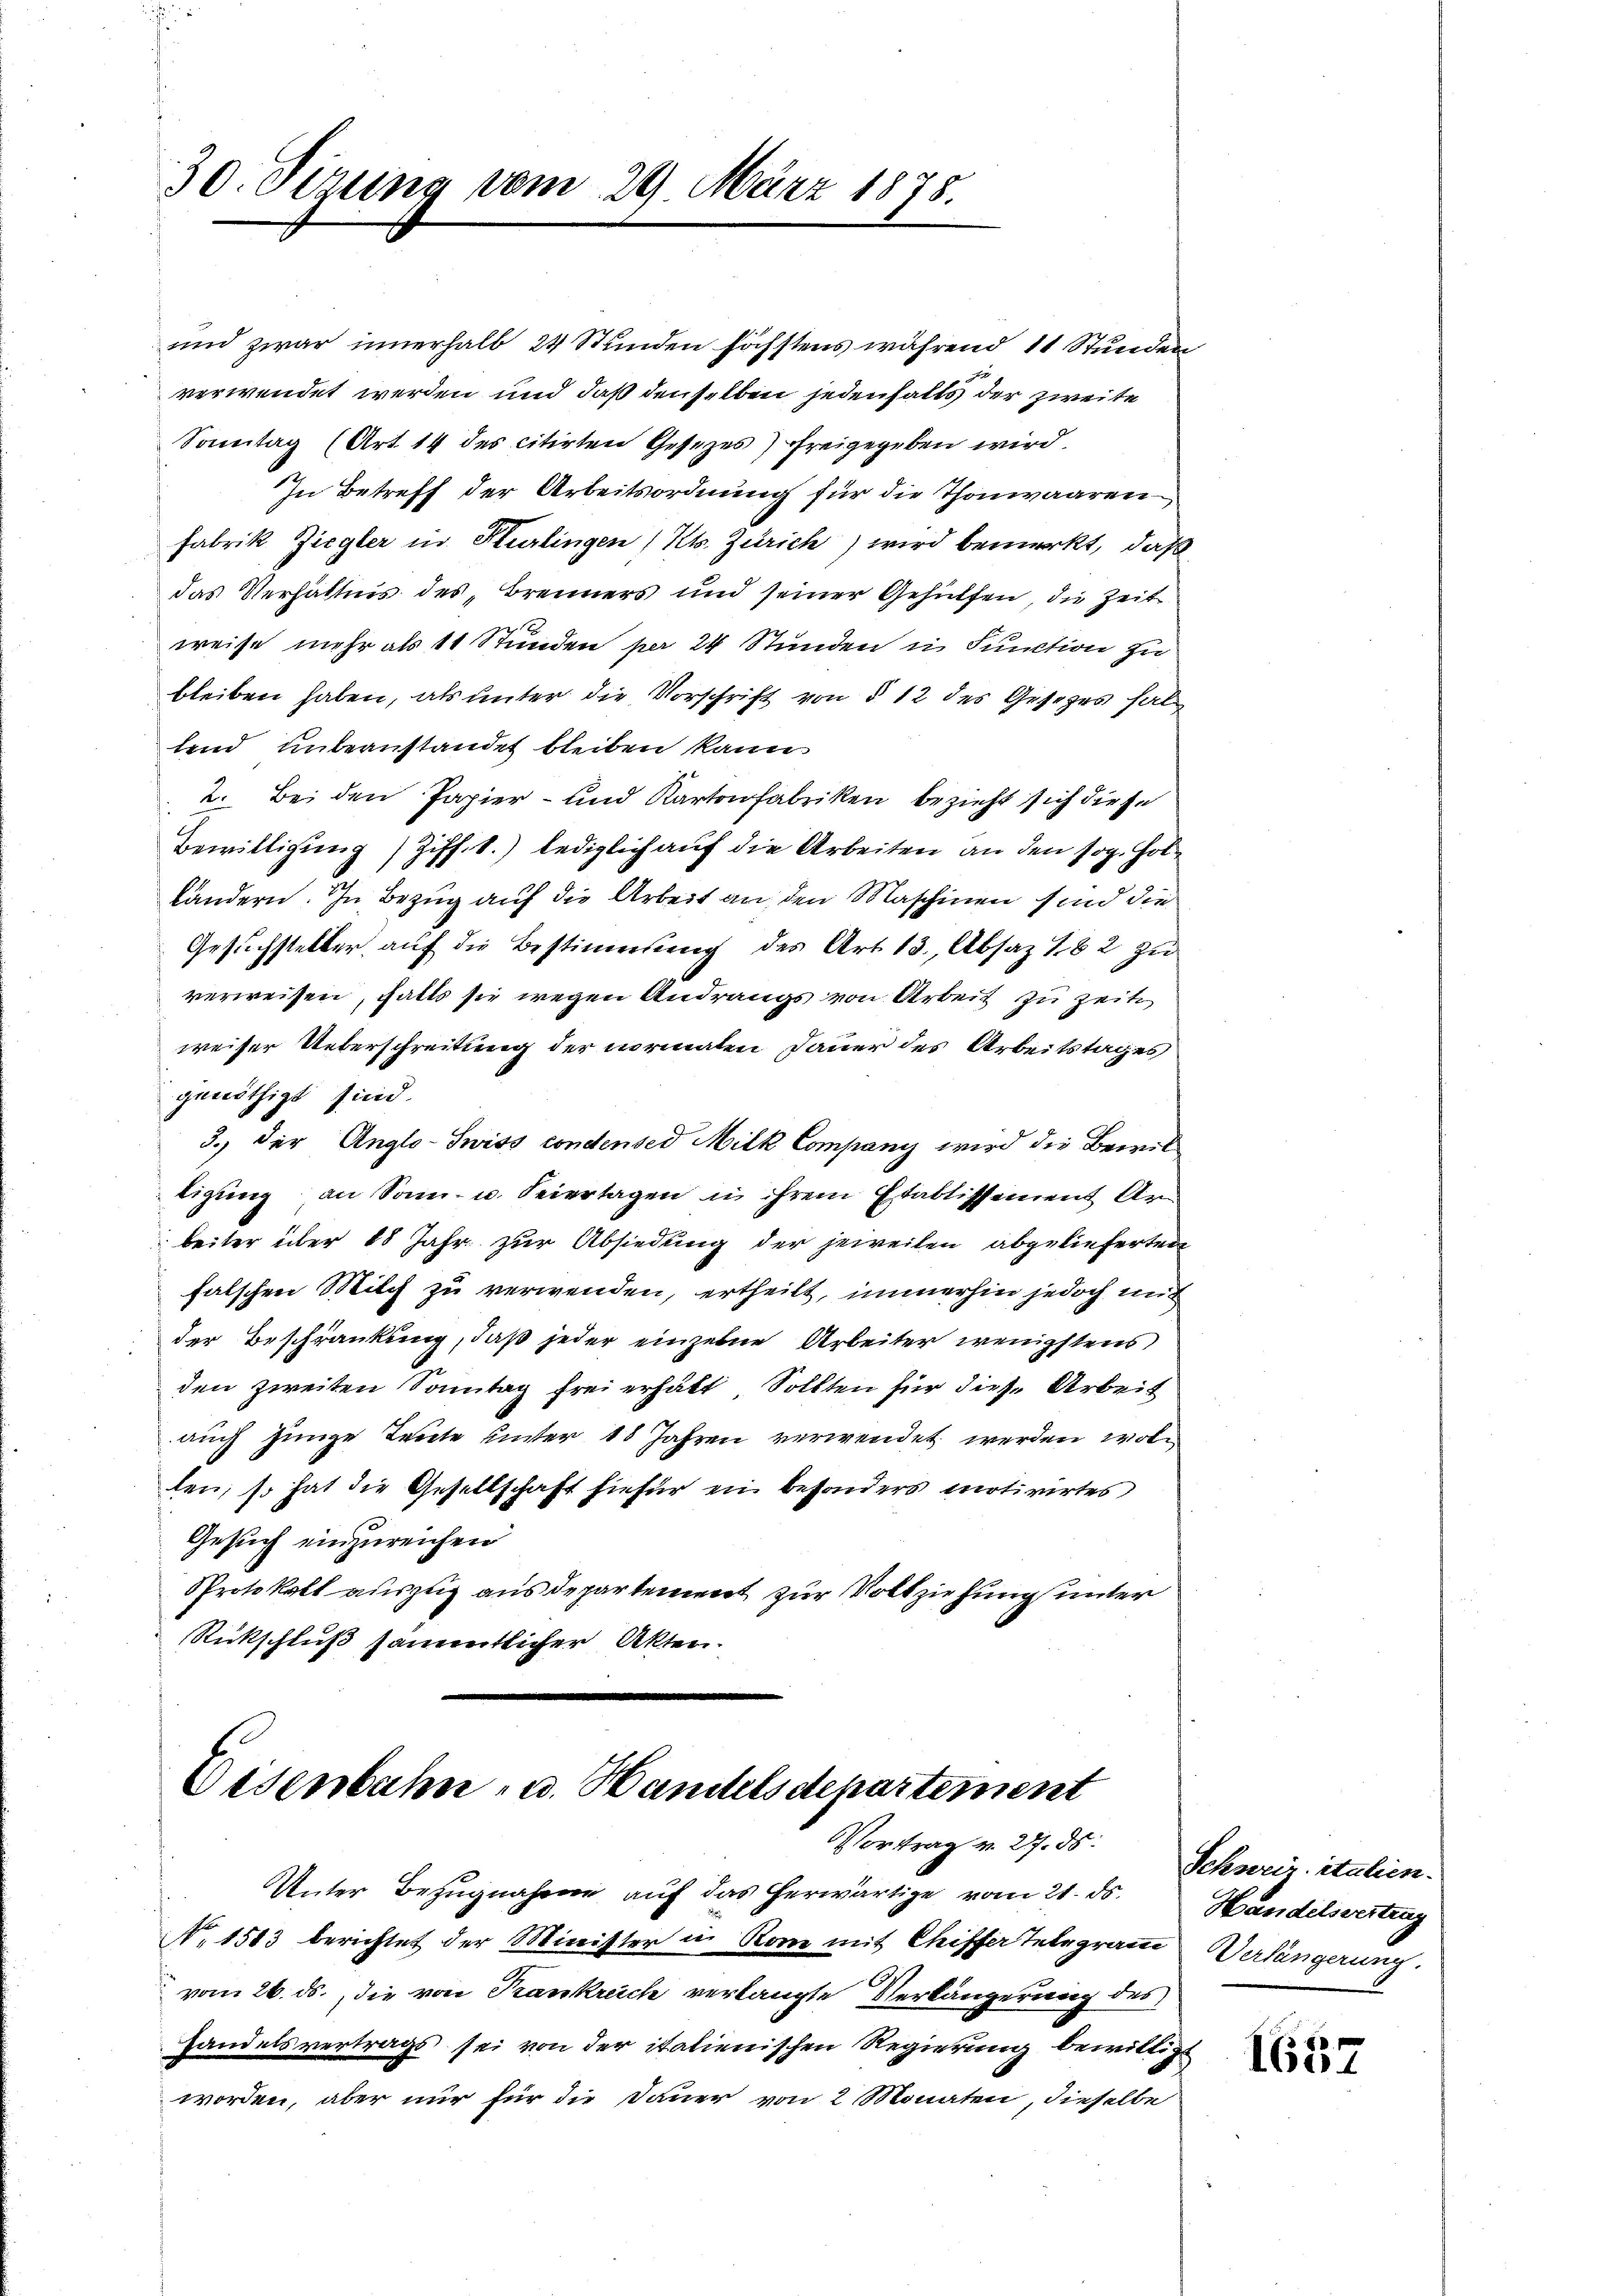
30. Sizung vom 29. März 1878.

und zwar innerhalb 24 Stunden höchstens während 11 Stunden
verwendet werden und daß denselben jedenfalls der zweite
Sonntag (Art 14 des citirten Gesetzes) freigegeben wird.
In Betreff der Arbeitsordnung für die Thonwaaren
Fabrik Ziegler in Kurlingen / Kts. Zürich) wird bemerkt, daß
das Verhältnis des Brenners und seiner Gehülfen, die Zeit
weise mehr als 11 Stunden per 24 Stunden in Function zu
bleiben haben, als unter die Vorschrift von § 12 des Gesetzes hal
fend unternstandet bleiben kann.
2. Bei den Papier- und Kartonfabriken bezieht sich diese
Bewilligung) Ziff. 1.) lediglich auf die Arbeiten an den sog. Holkändern. In Bezug auf die Arbeit an, den Maschinen sind die
Gesuchsteller auf die Bestimmung des Art. 13, Absaz 182 zu
verweisen, falls sie wegen Andrangs von Arbeit zu Zeit
weiser Ueberschreitung der normalen Dauer des Arbeitstages
genöthigt sind.
3., der Anglo-Swiss condensed Milk Company wird die Bewilligung an Sonn- u. Feiertagen in ihrem Etablissement Arbeiter über 18 Jahr zur Absiedung der jeweilen abgelieferten
falschen Milch zu verwenden, ertheilt, immerhin jedoch und
der Beschränkung, daß jeder einzelne Arbeiter wenigstens
den zweiten Sonntag frei erhält, Sollten für diese Arbeit
auch junge Treite unter 18 Jahren verwendet werden wollen, so hat die Gesellschaft hiefür ein besonders motivirtes
Gesuch einzureichen
Protokoll auszug aus departement zur Vollziehung unter
Rückschluß sämmtlicher Akten.

Eisenbahn- u. Handelsdepartement
Vortrag v. 27. ds.

Unter Bezugnahme auf das herwärtige vom 21. ds.
No. 1513 berichtet der Minister in Rom mit Chiffer Telegramm Verlängerung
vom 26. ds., die von Krankreich verlangte Verlängerung des
Handelsvertrags sei von der italienischen Regierung bewillig
worden, aber nur für die Dauer von 2 Monaten, dieselbe

Schweiz. italien.
Handelsvertrag

6
Iin